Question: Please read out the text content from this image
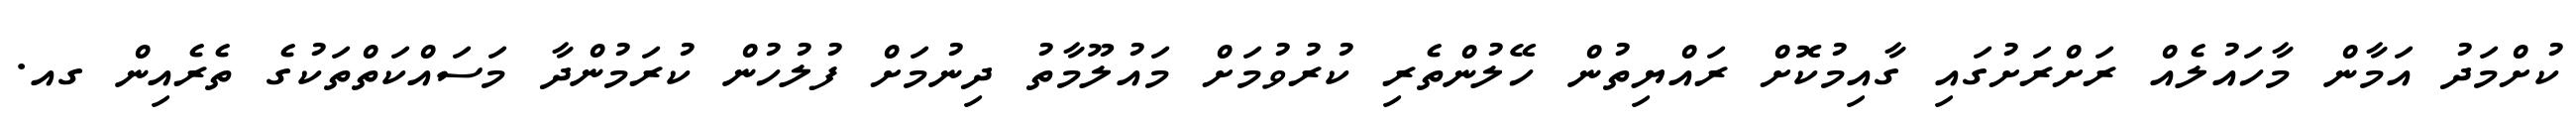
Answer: ކުށްމަދު އަމާން މާހައުލެއް ރަށްރަށުގައި ގާއިމުކޮށް ރައްޔިތުން ހޭލުންތެރި ކުރުވުމަށް މައުލޫމާތު ދިނުމަށް ފުލުހުން ކުރަމުންދާ މަސައްކަތްތަކުގެ ތެރެއިން ގއ.